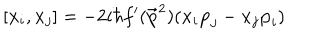
[ { \bf { x } } _ { i } , { \bf { x } } _ { j } ] = - 2 i \hbar f ^ { \prime } ( { \bf \vec { p } } ^ { 2 } ) ( { \bf { x } } _ { i } { \bf { p } } _ { j } - { \bf { x } } _ { j } { \bf { p } } _ { i } )